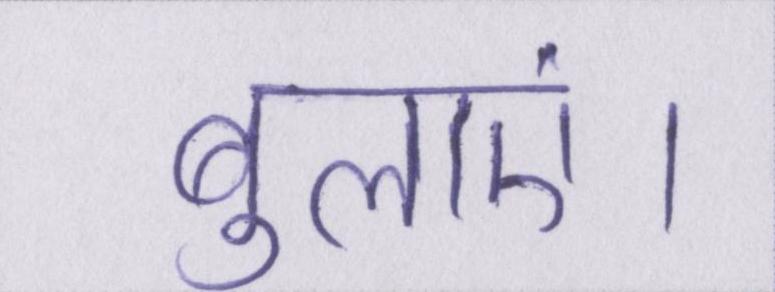
बुलाएं।